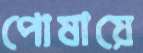
পোষায়ে